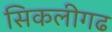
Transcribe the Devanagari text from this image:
सिकलीगढ